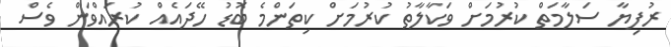
ރުފިޔާ ސަލާމަތް ކުރުމަށް ވަކާލާތު ކުރުމަށް ކިތަންމެ ބޮޑު ހޭދައެއް ކުރައްވަން ވެސް